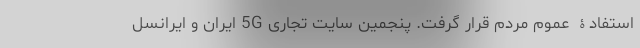
استفادۀ عموم مردم قرار گرفت. پنجمین سایت تجاری 5G ایران و ایرانسل